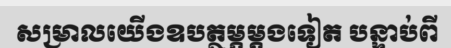
សម្រាលយើងឧបត្ថម្ភម្តងទៀត បន្ទាប់ពី